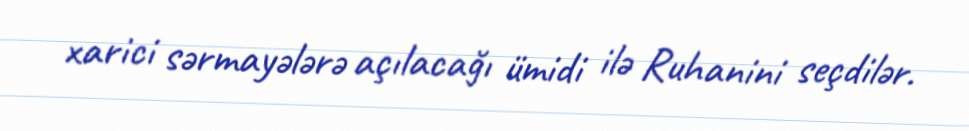
xarici sərmayələrə açılacağı ümidi ilə Ruhanini seçdilər.